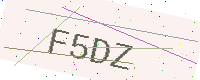
Text: F5DZ